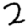
Digit: 2